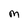
Character: M